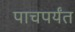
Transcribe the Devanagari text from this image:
पाचपर्यंत